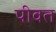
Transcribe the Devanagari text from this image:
पीवत